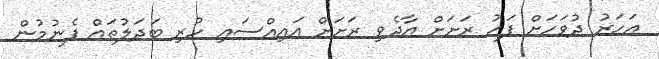
އަހަރު ދުވަހަށް ފަހު ރަށަށް އާދެވި ރަށަށް އައިއްސައި ހުރި ބަދަލުތައް ފެނުމުން